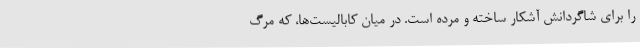
را براى شاگردانش آشکار ساخته و مرده است. در میان کابالیست‌ها، که مرگ